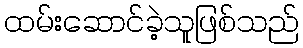
ထမ်းဆောင်ခဲ့သူဖြစ်သည်